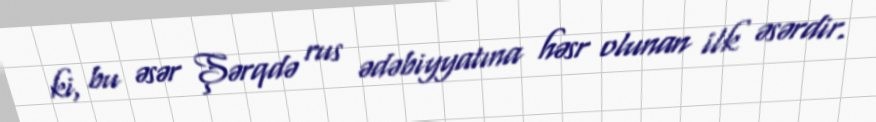
ki, bu əsər Şərqdə rus ədəbiyyatına həsr olunan ilk əsərdir.